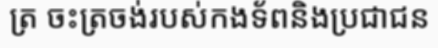
ត្រ ចះត្រចង់របស់កងទ័ពនិងប្រជាជន